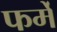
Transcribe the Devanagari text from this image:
फर्में